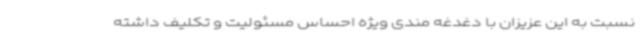
نسبت به این عزیزان با دغدغه مندی ویژه احساس مسئولیت و تکلیف داشته